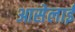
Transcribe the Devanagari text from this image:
आसेलाई